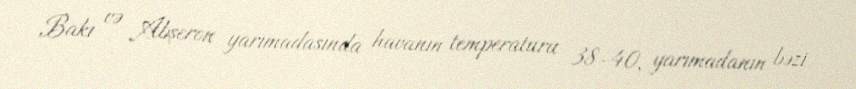
Bakı və Abşeron yarımadasında havanın temperaturu 38-40, yarımadanın bəzi